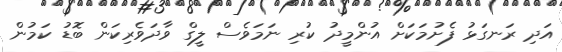
އަދި ރަނގަޅު ފެށުމަކަށް އުންމީދު ކުރި ނަމަވެސް ލީގް ވާދަވެރިކަން ބޮޑު ކަމުން